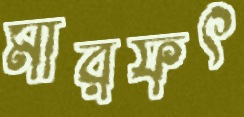
মারফৎ